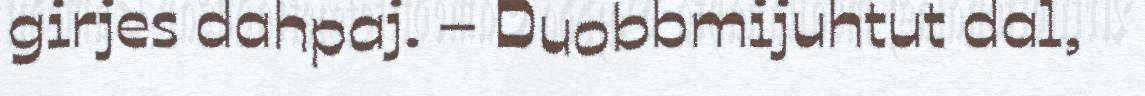
girjes dahpaj. – Duobbmijuhtut dal,